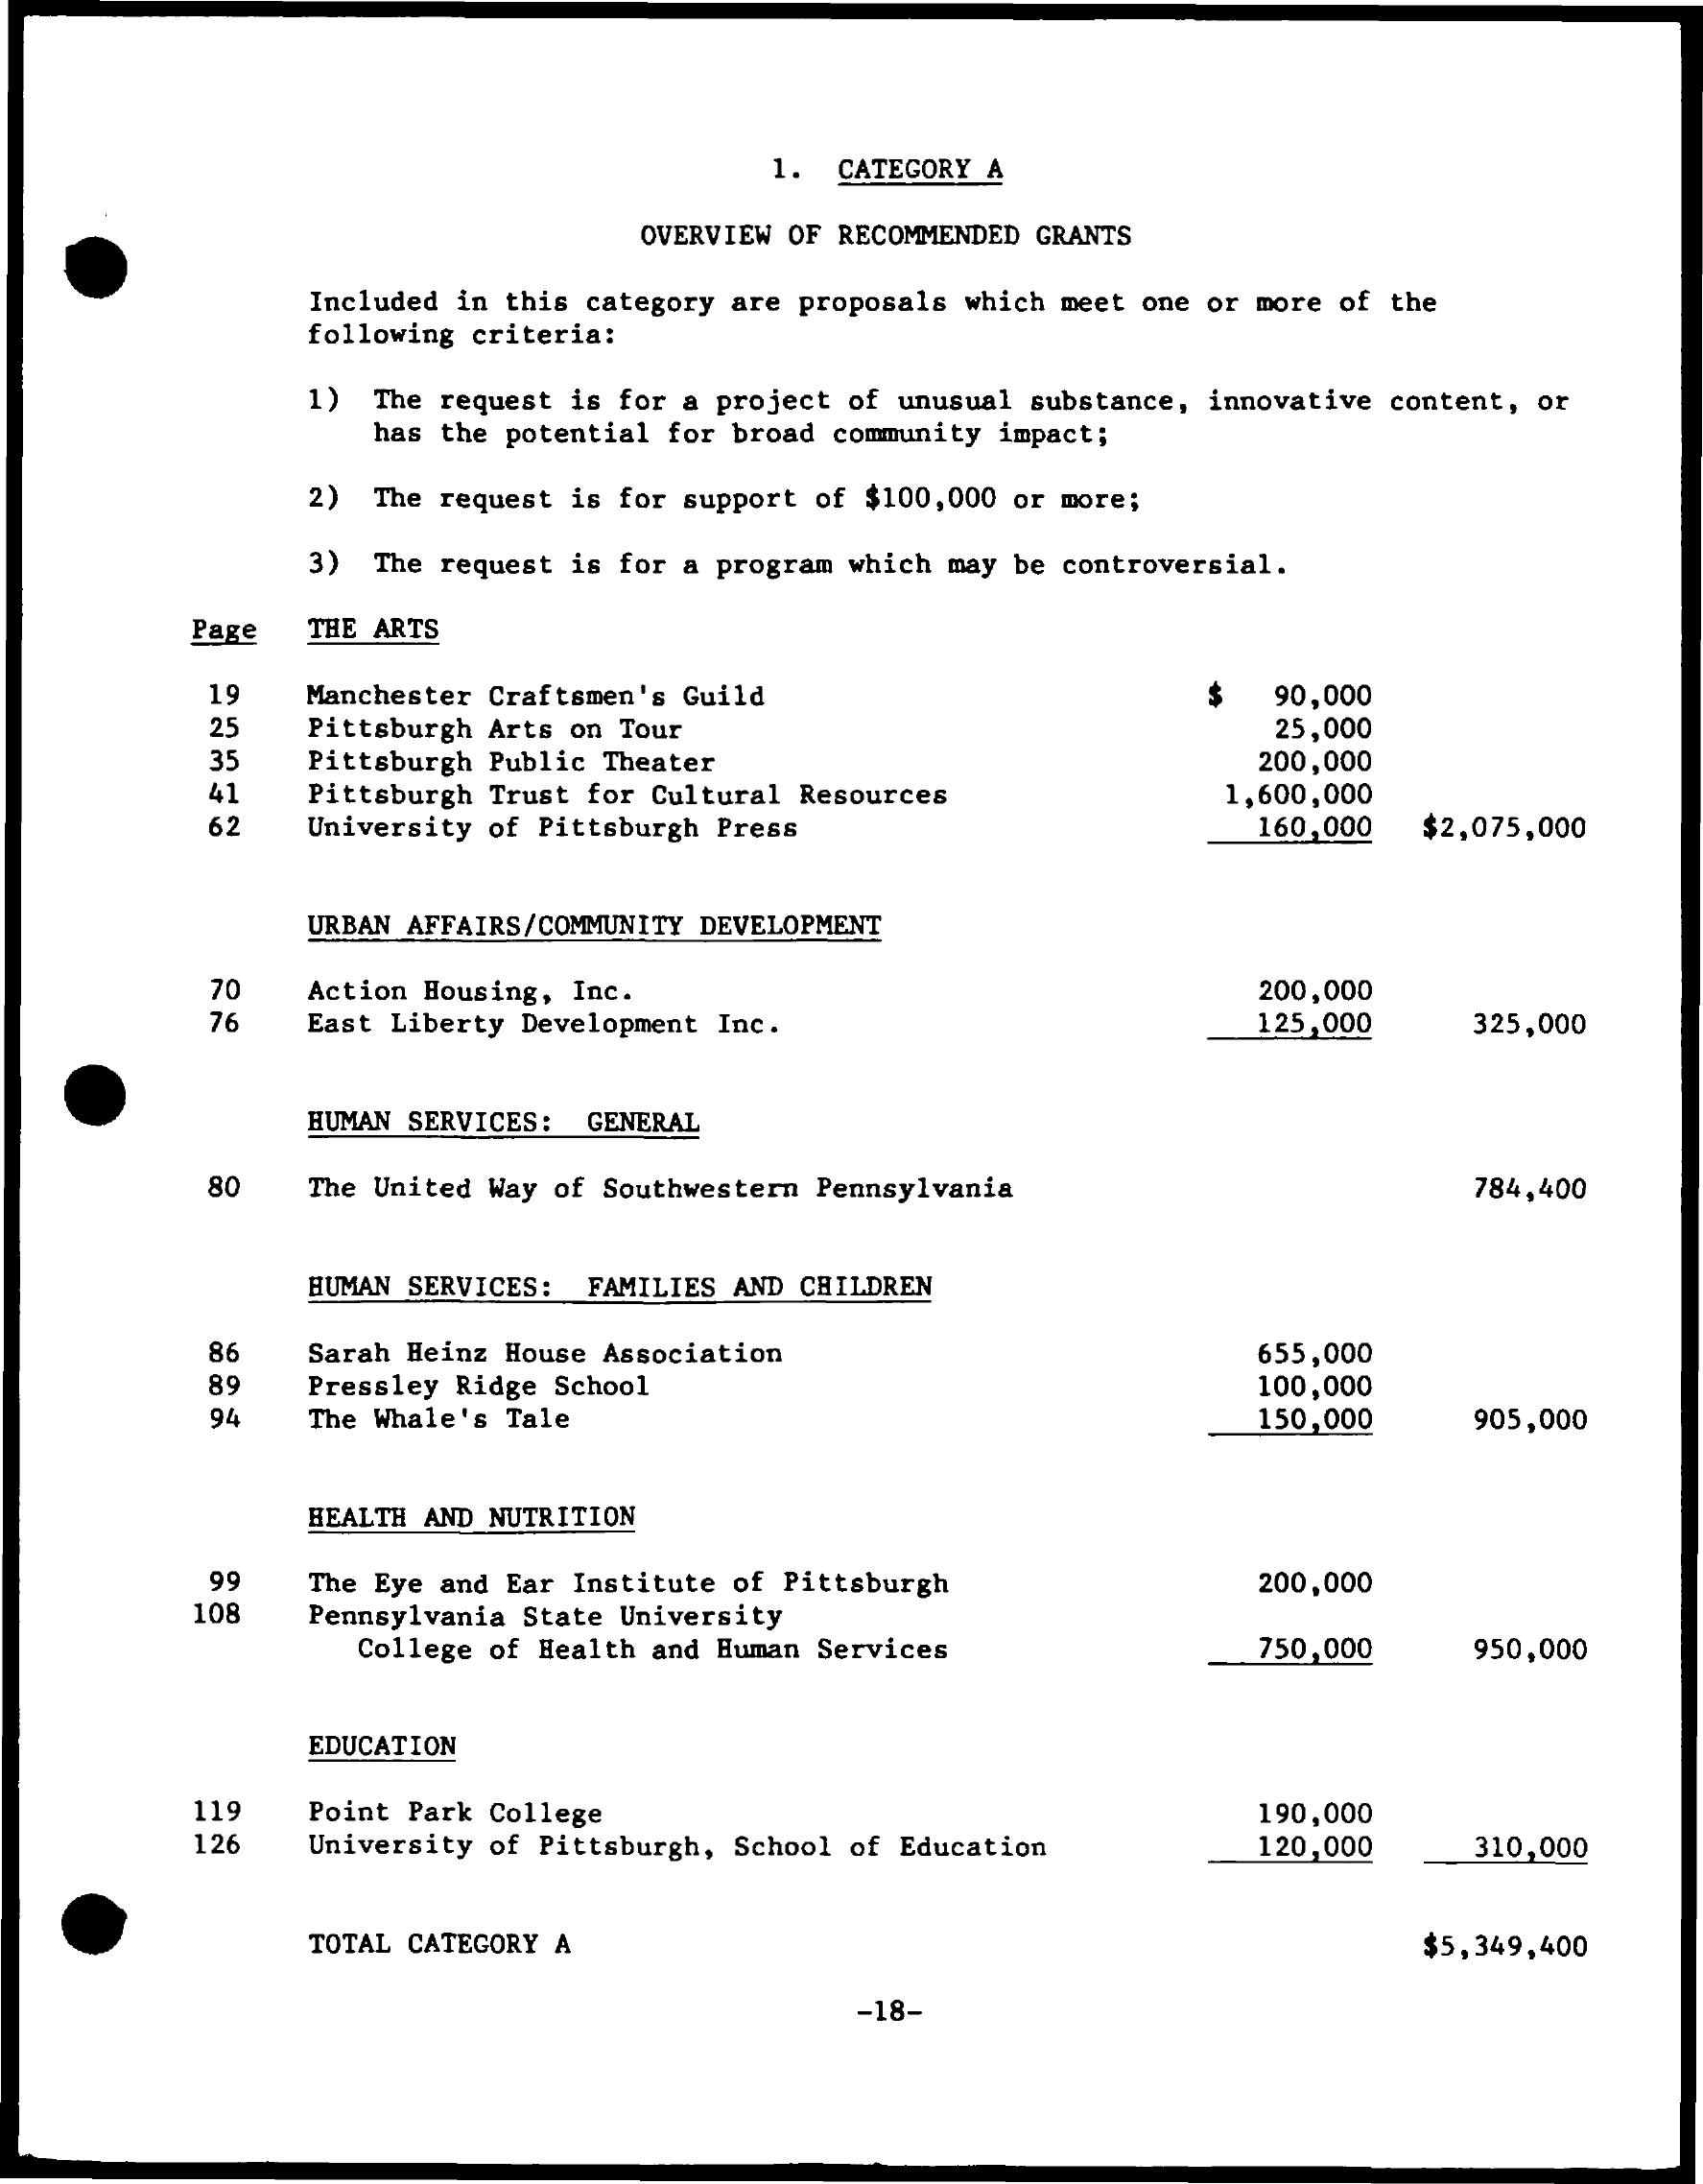
1.  CATEGORY A
     OVERVIEW OF RECOMMENDED GRANTS
     Included in this category are proposals which meet one or more of the
     following criteria:
     1) The request is for a project of unusual substance, innovative content, or
     has the potential for broad community impact;
     2) The request is for support of $100,000 or more;
     3) The request is for a program which may be controversial.
     Page  THE ARTS
     19    90,000
     25
     Manchester Craftsmen's Guild
     35
     Pittsburgh Arts on Tour    25,000
     41
     Pittsburgh Public Theater    200,000
     62
     Pittsburgh Trust for Cultural Resources
     University of Pittsburgh Press
     1,600,000
     160,000 $2,075,000
     URBAN AFFAIRS/COMMUNITY DEVELOPMENT
     70
     76
     Action Housing, Inc.    200,000
     East Liberty Development Inc.    125,000    325,000
     HUMAN SERVICES: GENERAL
     80   The United Way of Southwestern Pennsylvania    784,400
     HUMAN SERVICES: FAMILIES AND CHILDREN
     86   Sarah Heinz House Association    655,000
     89   Pressley Ridge School    100,000
     94   The Whale's Tale    150,000    905,000
     HEALTH AND NUTRITION
     99
     108
     The Eye and Ear Institute of Pittsburgh    200,000
     Pennsylvania State University
     College of Health and Human Services    750,000    950,000
     EDUCATION
     119   Point Park College    190,000
     126   University of Pittsburgh, School of Education   120,000    310,000
     TOTAL CATEGORY A    $5,349,400
     -18-